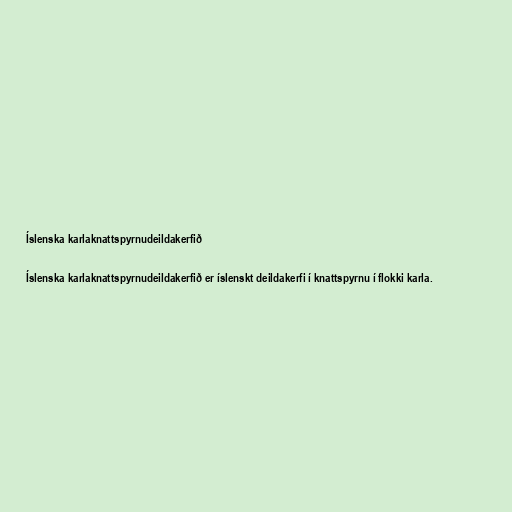
Íslenska karlaknattspyrnudeildakerfið

Íslenska karlaknattspyrnudeildakerfið er íslenskt deildakerfi í knattspyrnu í flokki karla.